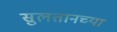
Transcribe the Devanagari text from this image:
सुलतानच्या